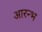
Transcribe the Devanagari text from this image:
आरन्भ